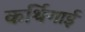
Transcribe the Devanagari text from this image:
कर्थिगाई